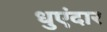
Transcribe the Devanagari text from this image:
धुएंदार